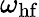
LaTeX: \omega_{\mathrm{hf}}